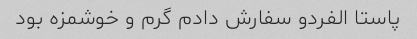
پاستا الفردو سفارش دادم گرم و خوشمزه بود